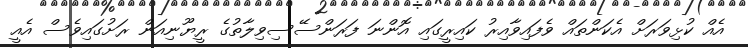
އެއް ކުޅިވަރަށް އެކަންތައް ވެފައިވާއިރު ކައިރީގައި އޮންނަ ފަރަންސޭސިވިލާތުގެ ރީޔޫނިއަން ރަށުގައިވެސް އެއީ